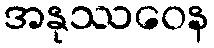
အနုဿဝေန